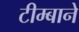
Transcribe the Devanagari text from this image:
टीम्बाने